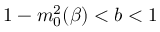
1 - m _ { 0 } ^ { 2 } ( \beta ) < b < 1